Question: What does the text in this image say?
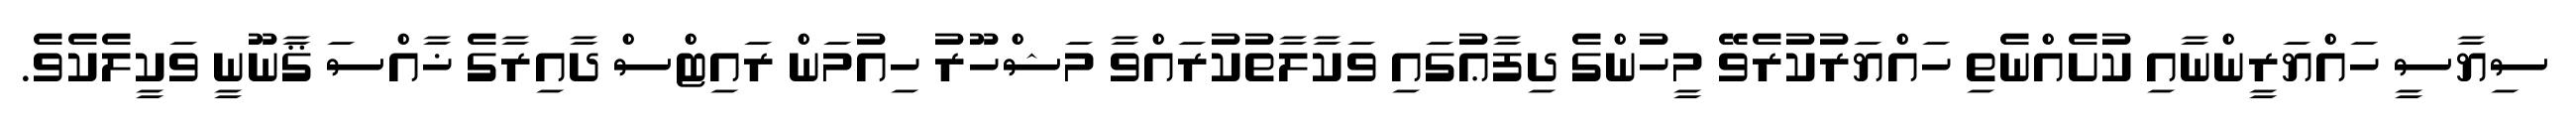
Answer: ސިޔާސީ ހައްޔަރީންނާއި ކުށެއްނެތި ހައްޔަރުކުރެވޭ މީހުންގެ ދިފާޢުގައި ވަކާލާތުކުރައްވާ މަޝްހޫރު ހިއުމަން ރައިޓްސް ދާއިރާގެ ޚާއްސަ ޤާނޫނީ ވަކީލެކެވެ.